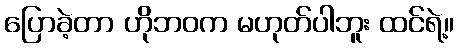
ပြောခဲ့တာ ဟိုဘဝက မဟုတ်ပါဘူး ထင်ရဲ့။